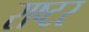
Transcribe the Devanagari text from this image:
राष्टर